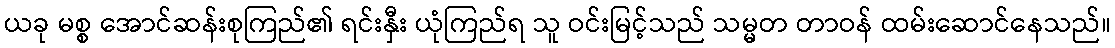
ယခု မစ္စ အောင်ဆန်းစုကြည်၏ ရင်းနှီး ယုံကြည်ရ သူ ဝင်းမြင့်သည် သမ္မတ တာဝန် ထမ်းဆောင်နေသည်။